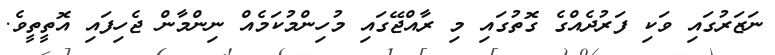
ނަޒަރުގައި ވަކި ފަރުދެއްގެ ގޮތުގައި މި ރާއްޖޭގައި މުހިންމުކަމެއް ނިންމާން ޖެހިފައި އޮތީތީވެ.